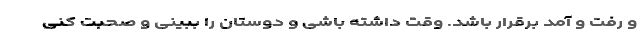
و رفت و آمد برقرار باشد. وقت داشته باشی و دوستان را ببینی و صحبت کنی